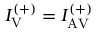
I _ { \mathrm { V } } ^ { ( + ) } = I _ { \mathrm { A V } } ^ { ( + ) }